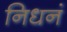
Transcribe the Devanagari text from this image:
निधनं